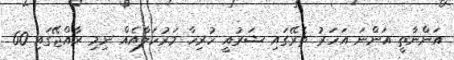
އަންނާތީ އަންނަ އަހަރު ތެރޭގައި ޝަރުއީ ހުރިހާ މަރުހަލާއެއް ނިމި ރާއްޖޭގައި 60